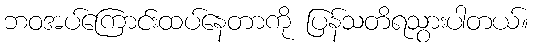
ဘဝအပ်ကြောင်းထပ်နေတာကို ပြန်သတိရသွားပါတယ်။